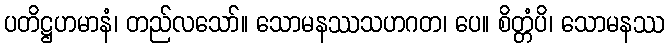
ပတိဋ္ဌဟမာနံ၊ တည်လသော်။ သောမနဿသဟဂတ၊ ပေ။ စိတ္တံပိ၊ သောမနဿ